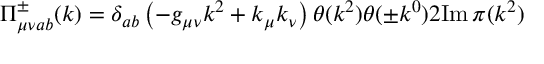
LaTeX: \Pi _ { \mu \nu a b } ^ { \pm } ( k ) = \delta _ { a b } \left( - g _ { \mu \nu } k ^ { 2 } + k _ { \mu } k _ { \nu } \right) \theta ( k ^ { 2 } ) \theta ( \pm k ^ { 0 } ) 2 \mathrm { I m } \, \pi ( k ^ { 2 } )